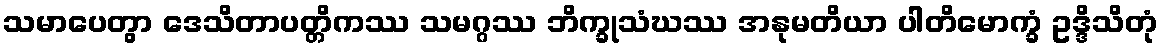
သမာပေတွာ ဒေသိတာပတ္တိကဿ သမဂ္ဂဿ ဘိက္ခုသံဃဿ အနုမတိယာ ပါတိမောက္ခံ ဥဒ္ဒိသိတုံ